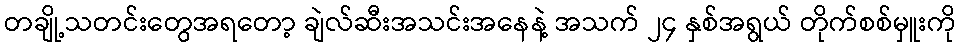
တချို့သတင်းတွေအရတော့ ချဲလ်ဆီးအသင်းအနေနဲ့ အသက် ၂၄ နှစ်အရွယ် တိုက်စစ်မှူးကို